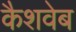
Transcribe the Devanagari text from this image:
कैशवेब